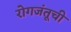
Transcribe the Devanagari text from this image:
रोगजंतूची